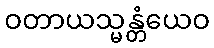
ဝတာယသ္မန္တံယေဝ